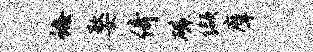
诲婺倚磷缬摩